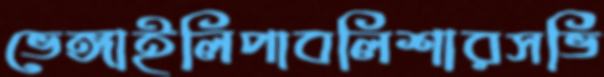
ভেঙ্গাইলিপাবলিশারসভি